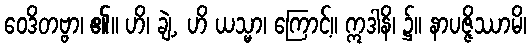
ဝေဒိတဗ္ဗာ၊ ၏။ ဟိ၊ ချဲ့, ဟိ ယသ္မာ၊ ကြောင့်။ ဣဒါနိ၊ ၌။ နာပဇ္ဇိဿာမိ၊